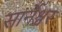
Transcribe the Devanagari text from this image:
सार्नेश्वर